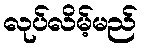
လုပ်လိမ့်မည်